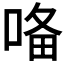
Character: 𭈜